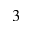
^ 3